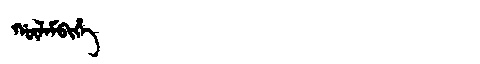
Manchu: ᡤᡡᠯᠠᠮᠪᡳᡥᡝ
Romanization: GŪLAMBIHE